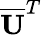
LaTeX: \overline{{\mathbf{U}}}^{T}